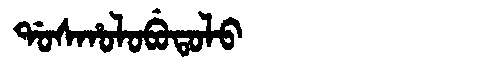
Manchu: ᡩᠣᠰᡥᠣᠯᠣᠪᡠᡨᠣᠯᠣ
Romanization: DOSHOLOBUTOLO